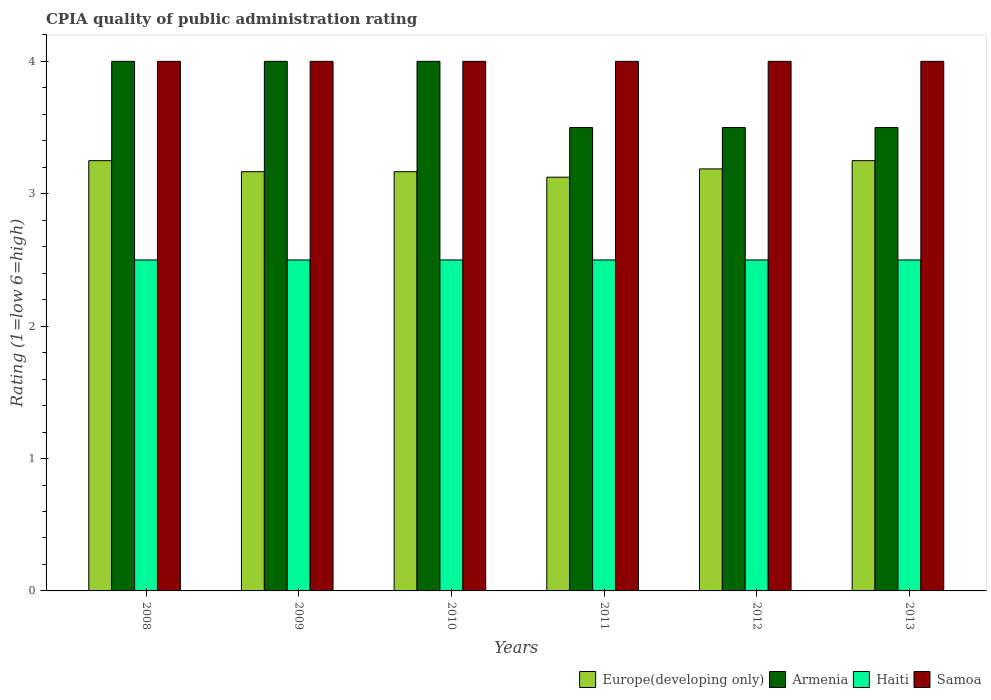
| Years | Europe(developing only) | Armenia | Haiti | Samoa |
 | --- | --- | --- | --- | --- |
 | 2008 | 3.25 | 4 | 2.5 | 4 |
 | 2009 | 3.17 | 4 | 2.5 | 4 |
 | 2010 | 3.17 | 4 | 2.5 | 4 |
 | 2011 | 3.12 | 3.5 | 2.5 | 4 |
 | 2012 | 3.19 | 3.5 | 2.5 | 4 |
 | 2013 | 3.25 | 3.5 | 2.5 | 4 |